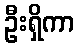
ဦးရှိကာ